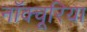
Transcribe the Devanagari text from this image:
नॉक्चूरिया